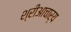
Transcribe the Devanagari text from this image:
श्रीआचार्य